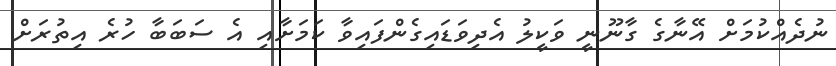
ނުދެއްކުމަށް އޭނާގެ ގާނޫނީ ވަކީލު އެދިވަޑައިގެންފައިވާ ކަމަށާއި އެ ސަބަބާ ހުރެ އިތުރަށް